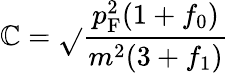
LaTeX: \mathbb{C}={\sqrt{}{{\frac{{p_{\mathrm{{{F}}}}^{2}(1+f_{0})}}{{m^{2}(3+f_{1})}}}}}